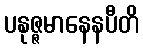
ပနုဇ္ဇမာနေနပီတိ